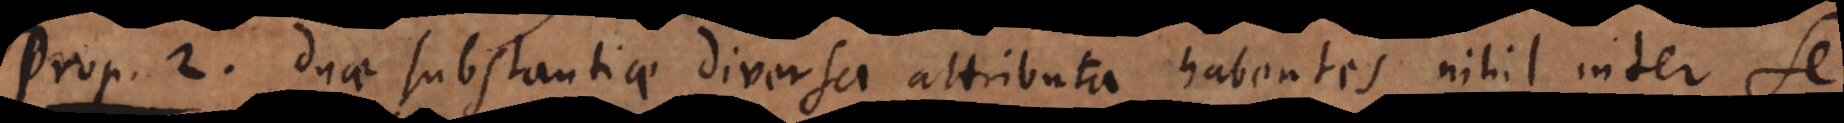
o 2. Duae substantiae diversa attributa habentes nihil inter se